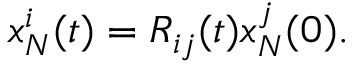
\begin{array} { r } { x _ { N } ^ { i } ( t ) = R _ { i j } ( t ) x _ { N } ^ { j } ( 0 ) . } \end{array}